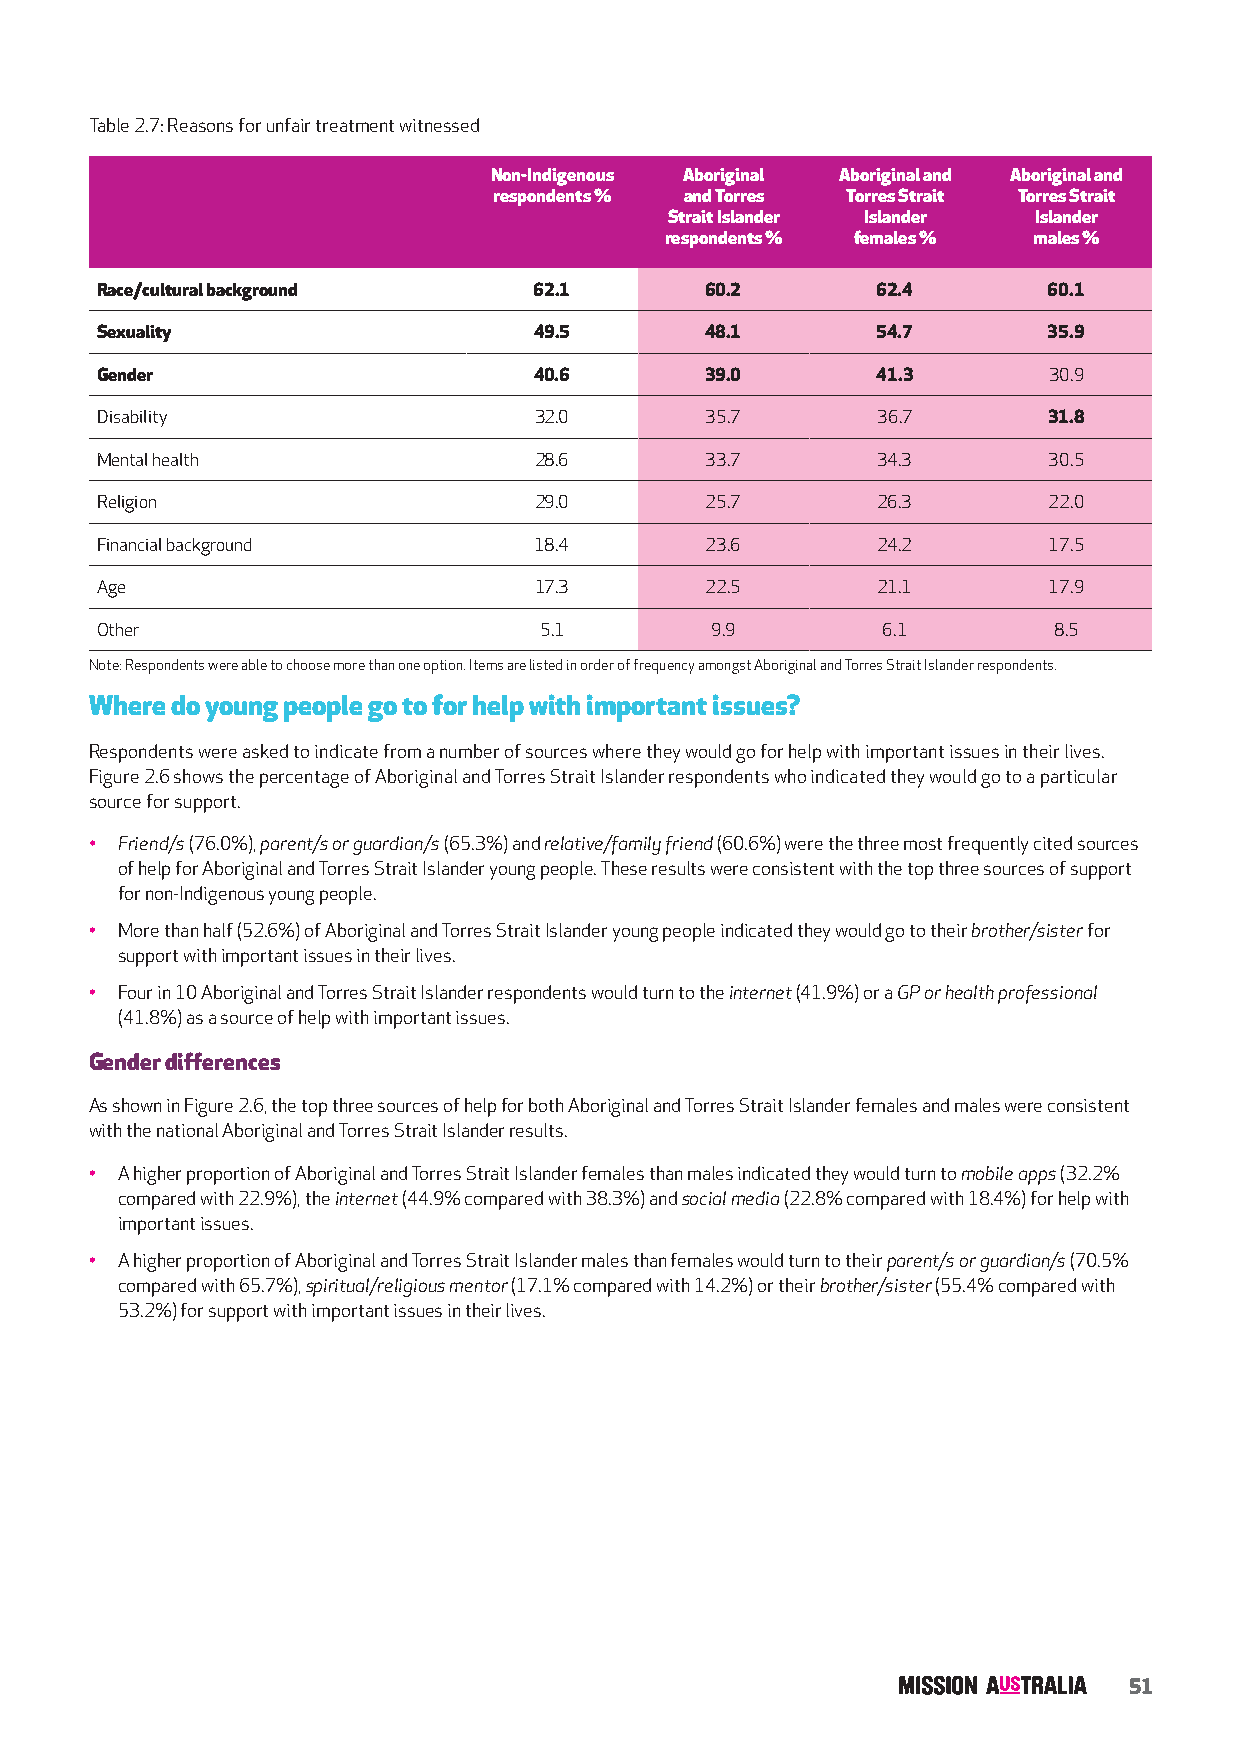
Table 2.7: Reasons for unfair treatment witnessed
 Non-Indigenous Aboriginal Aboriginal and Aboriginal and
 respondents % and Torres Torres Strait Torres Strait
 Strait Islander Islander Islander
 respondents % females % males %
 Race/cultural background     62.1        60.2       62.4       60.1
 Sexuality                    49.5        48.1       54.7       35.9
 Gender                       40.6        39.0       41.3       30.9
 Disability                   32.0        35.7       36.7       31.8
 Mental health                28.6        33.7       34.3       30.5
 Religion                     29.0        25.7       26.3       22.0
 Financial background         18.4        23.6       24.2       17.5
 Age                          17.3        22.5       21.1       17.9
 Other                         5.1        9.9        6.1         8.5
 Note: Respondents were able to choose more than one option. Items are listed in order of frequency amongst Aboriginal and Torres Strait Islander respondents.
 Where do young people go to for help with important issues?
 Respondents were asked to indicate from a number of sources where they would go for help with important issues in their lives.
 Figure 2.6 shows the percentage of Aboriginal and Torres Strait Islander respondents who indicated they would go to a particular
 source for support.
 • Friend/s (76.0%), parent/s or guardian/s (65.3%) and relative/family friend (60.6%) were the three most frequently cited sources
 of help for Aboriginal and Torres Strait Islander young people. These results were consistent with the top three sources of support
 for non-Indigenous young people.
 • More than half (52.6%) of Aboriginal and Torres Strait Islander young people indicated they would go to their brother/sister for
 support with important issues in their lives.
 • Four in 10 Aboriginal and Torres Strait Islander respondents would turn to the internet (41.9%) or a GP or health professional
 (41.8%) as a source of help with important issues.
 Gender differences
 As shown in Figure 2.6, the top three sources of help for both Aboriginal and Torres Strait Islander females and males were consistent
 with the national Aboriginal and Torres Strait Islander results.
 • A higher proportion of Aboriginal and Torres Strait Islander females than males indicated they would turn to mobile apps (32.2%
 compared with 22.9%), the internet (44.9% compared with 38.3%) and social media (22.8% compared with 18.4%) for help with
 important issues.
 • A higher proportion of Aboriginal and Torres Strait Islander males than females would turn to their parent/s or guardian/s (70.5%
 compared with 65.7%), spiritual/religious mentor (17.1% compared with 14.2%) or their brother/sister (55.4% compared with
 53.2%) for support with important issues in their lives.
 51